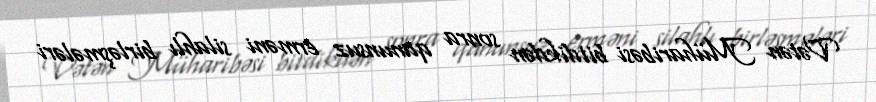
Vətən Müharibəsi bitdikdən sonra qanunsuz erməni silahlı birləşmələri